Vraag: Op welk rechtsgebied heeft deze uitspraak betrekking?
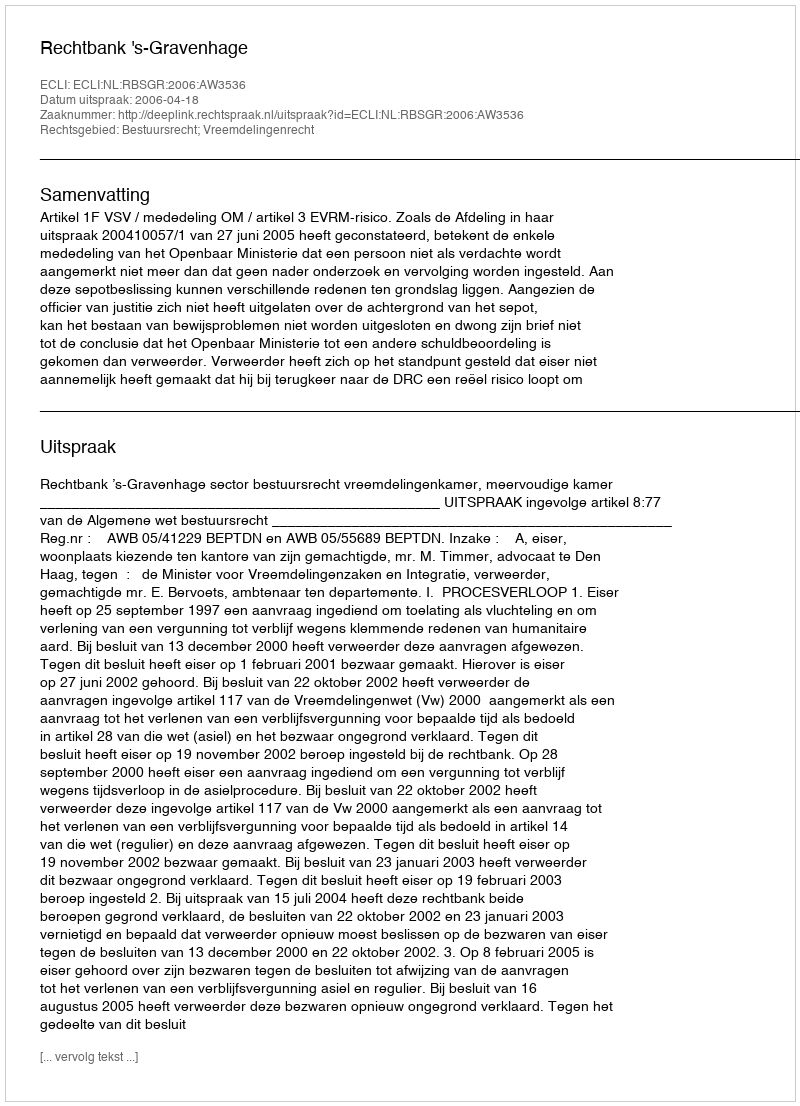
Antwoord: Bestuursrecht; Vreemdelingenrecht